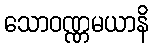
သောဝဏ္ဏမယာနိ